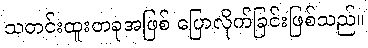
သတင်းထူးတခုအဖြစ် ပြောလိုက်ခြင်းဖြစ်သည်။